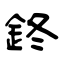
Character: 鉖